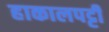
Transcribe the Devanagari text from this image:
हाकालपट्टी